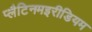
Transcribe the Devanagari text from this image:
प्लैटिनमइरीडियम